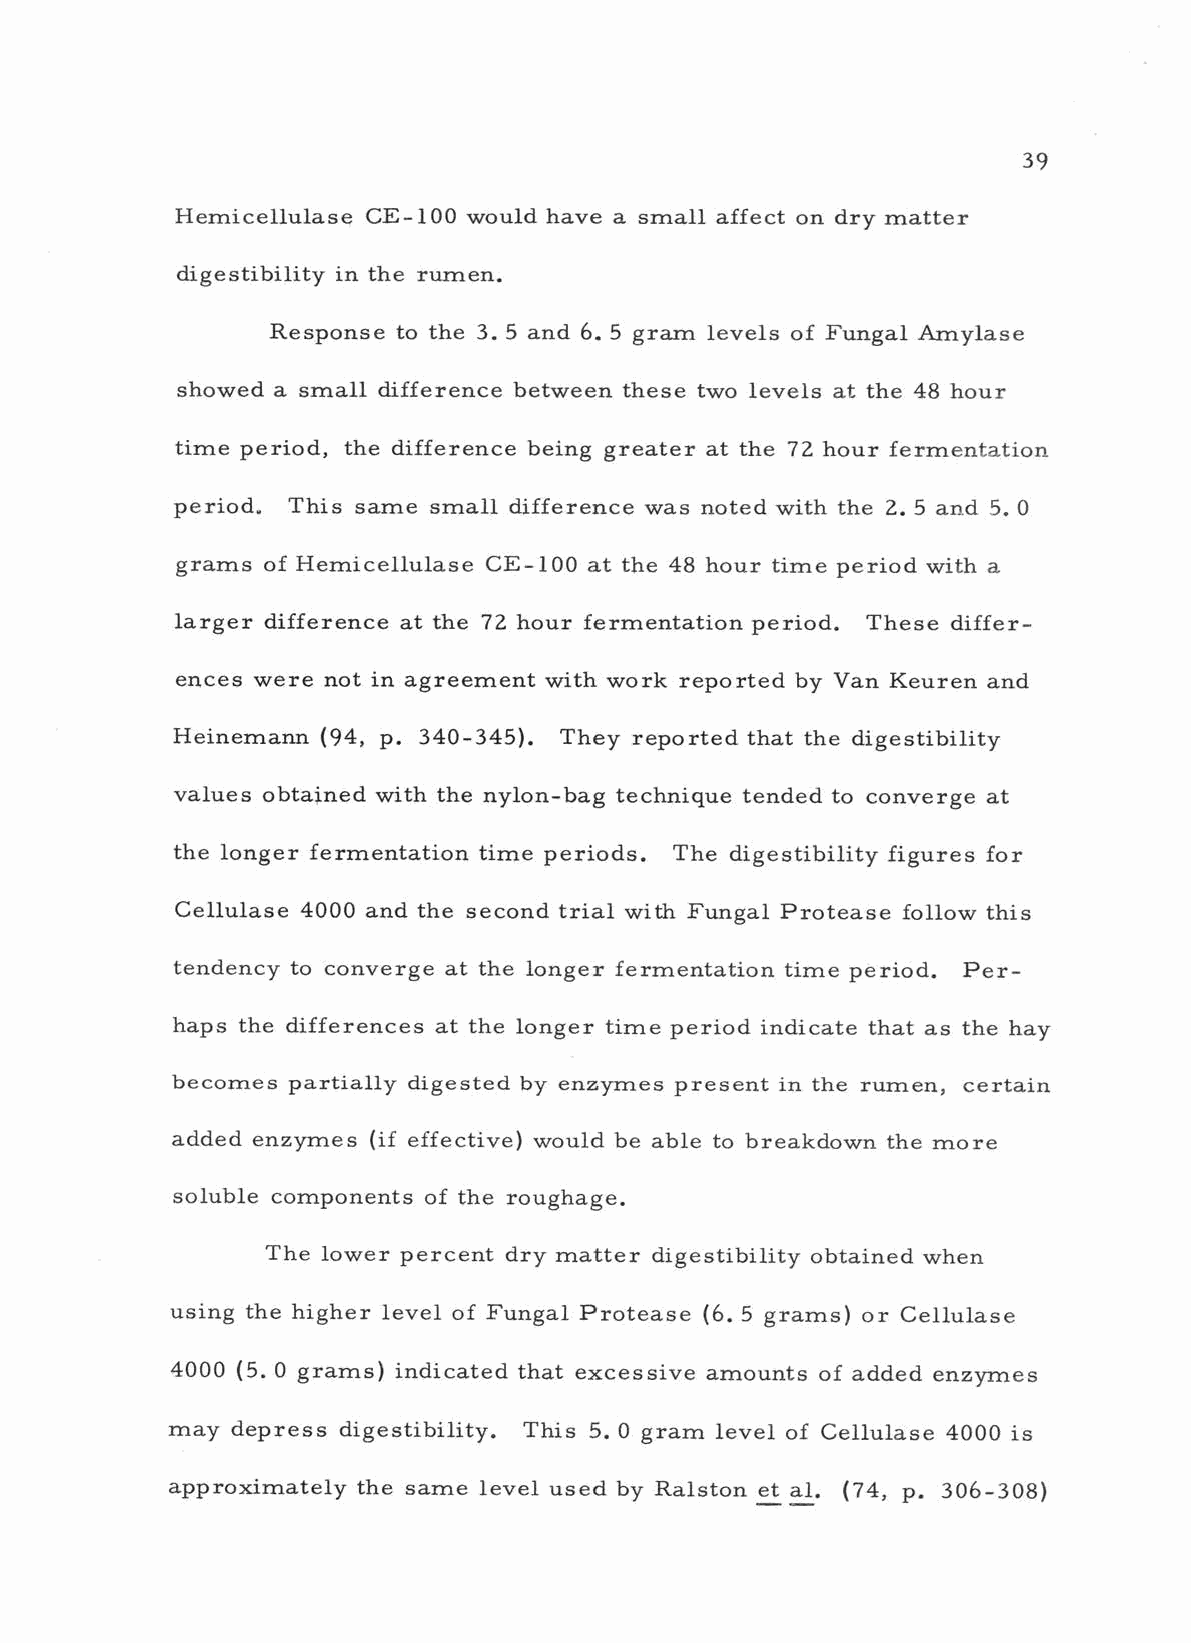
39
 Hemicellulase CE -100 would have a small affect on dry matter
 digestibility in the rumen.
 Response to the 3. 5 and 6. 5 gram levels of Fungal Amylase
 showed a small difference between these two levels at the 48 hour
 time period, the difference being greater at the 72 hour fermentation
 period. This same small difference was noted with the 2.5 and 5. 0
 grams of Hemicellulase CE -100 at the 48 hour time period with a
 larger difference at the 72 hour fermentation period. These differ-
 ences were not in agreement with work reported by Van Keuren and
 Heinemann (94, p. 340 -345). They reported that the digestibility
 values obtained with the nylon -bag technique tended to converge at
 the longer fermentation time periods. The digestibility figures for
 Cellulase 4000 and the second trial with Fungal Protease follow this
 tendency to converge at the longer fermentation time period. Per-
 haps the differences at the longer time period indicate that as the hay
 becomes partially digested by enzymes present in the rumen, certain
 added enzymes (if effective) would be able to breakdown the more
 soluble components of the roughage.
 The lower percent dry matter digestibility obtained when
 using the higher level of Fungal Protease (6. 5 grams) or Cellulase
 4000 (5. 0 grams) indicated that excessive amounts of added enzymes
 may depress digestibility. This 5. 0 gram level of Cellulase 4000 is
 approximately the same level used by Ralston et al. (74, p. 306 -308)